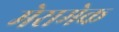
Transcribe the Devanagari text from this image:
मेरामेक